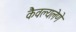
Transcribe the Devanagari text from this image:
कैवल्यलेणे